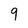
Character: 9